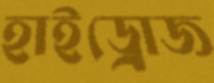
হাইড্রোজ